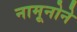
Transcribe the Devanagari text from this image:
नामूनोने